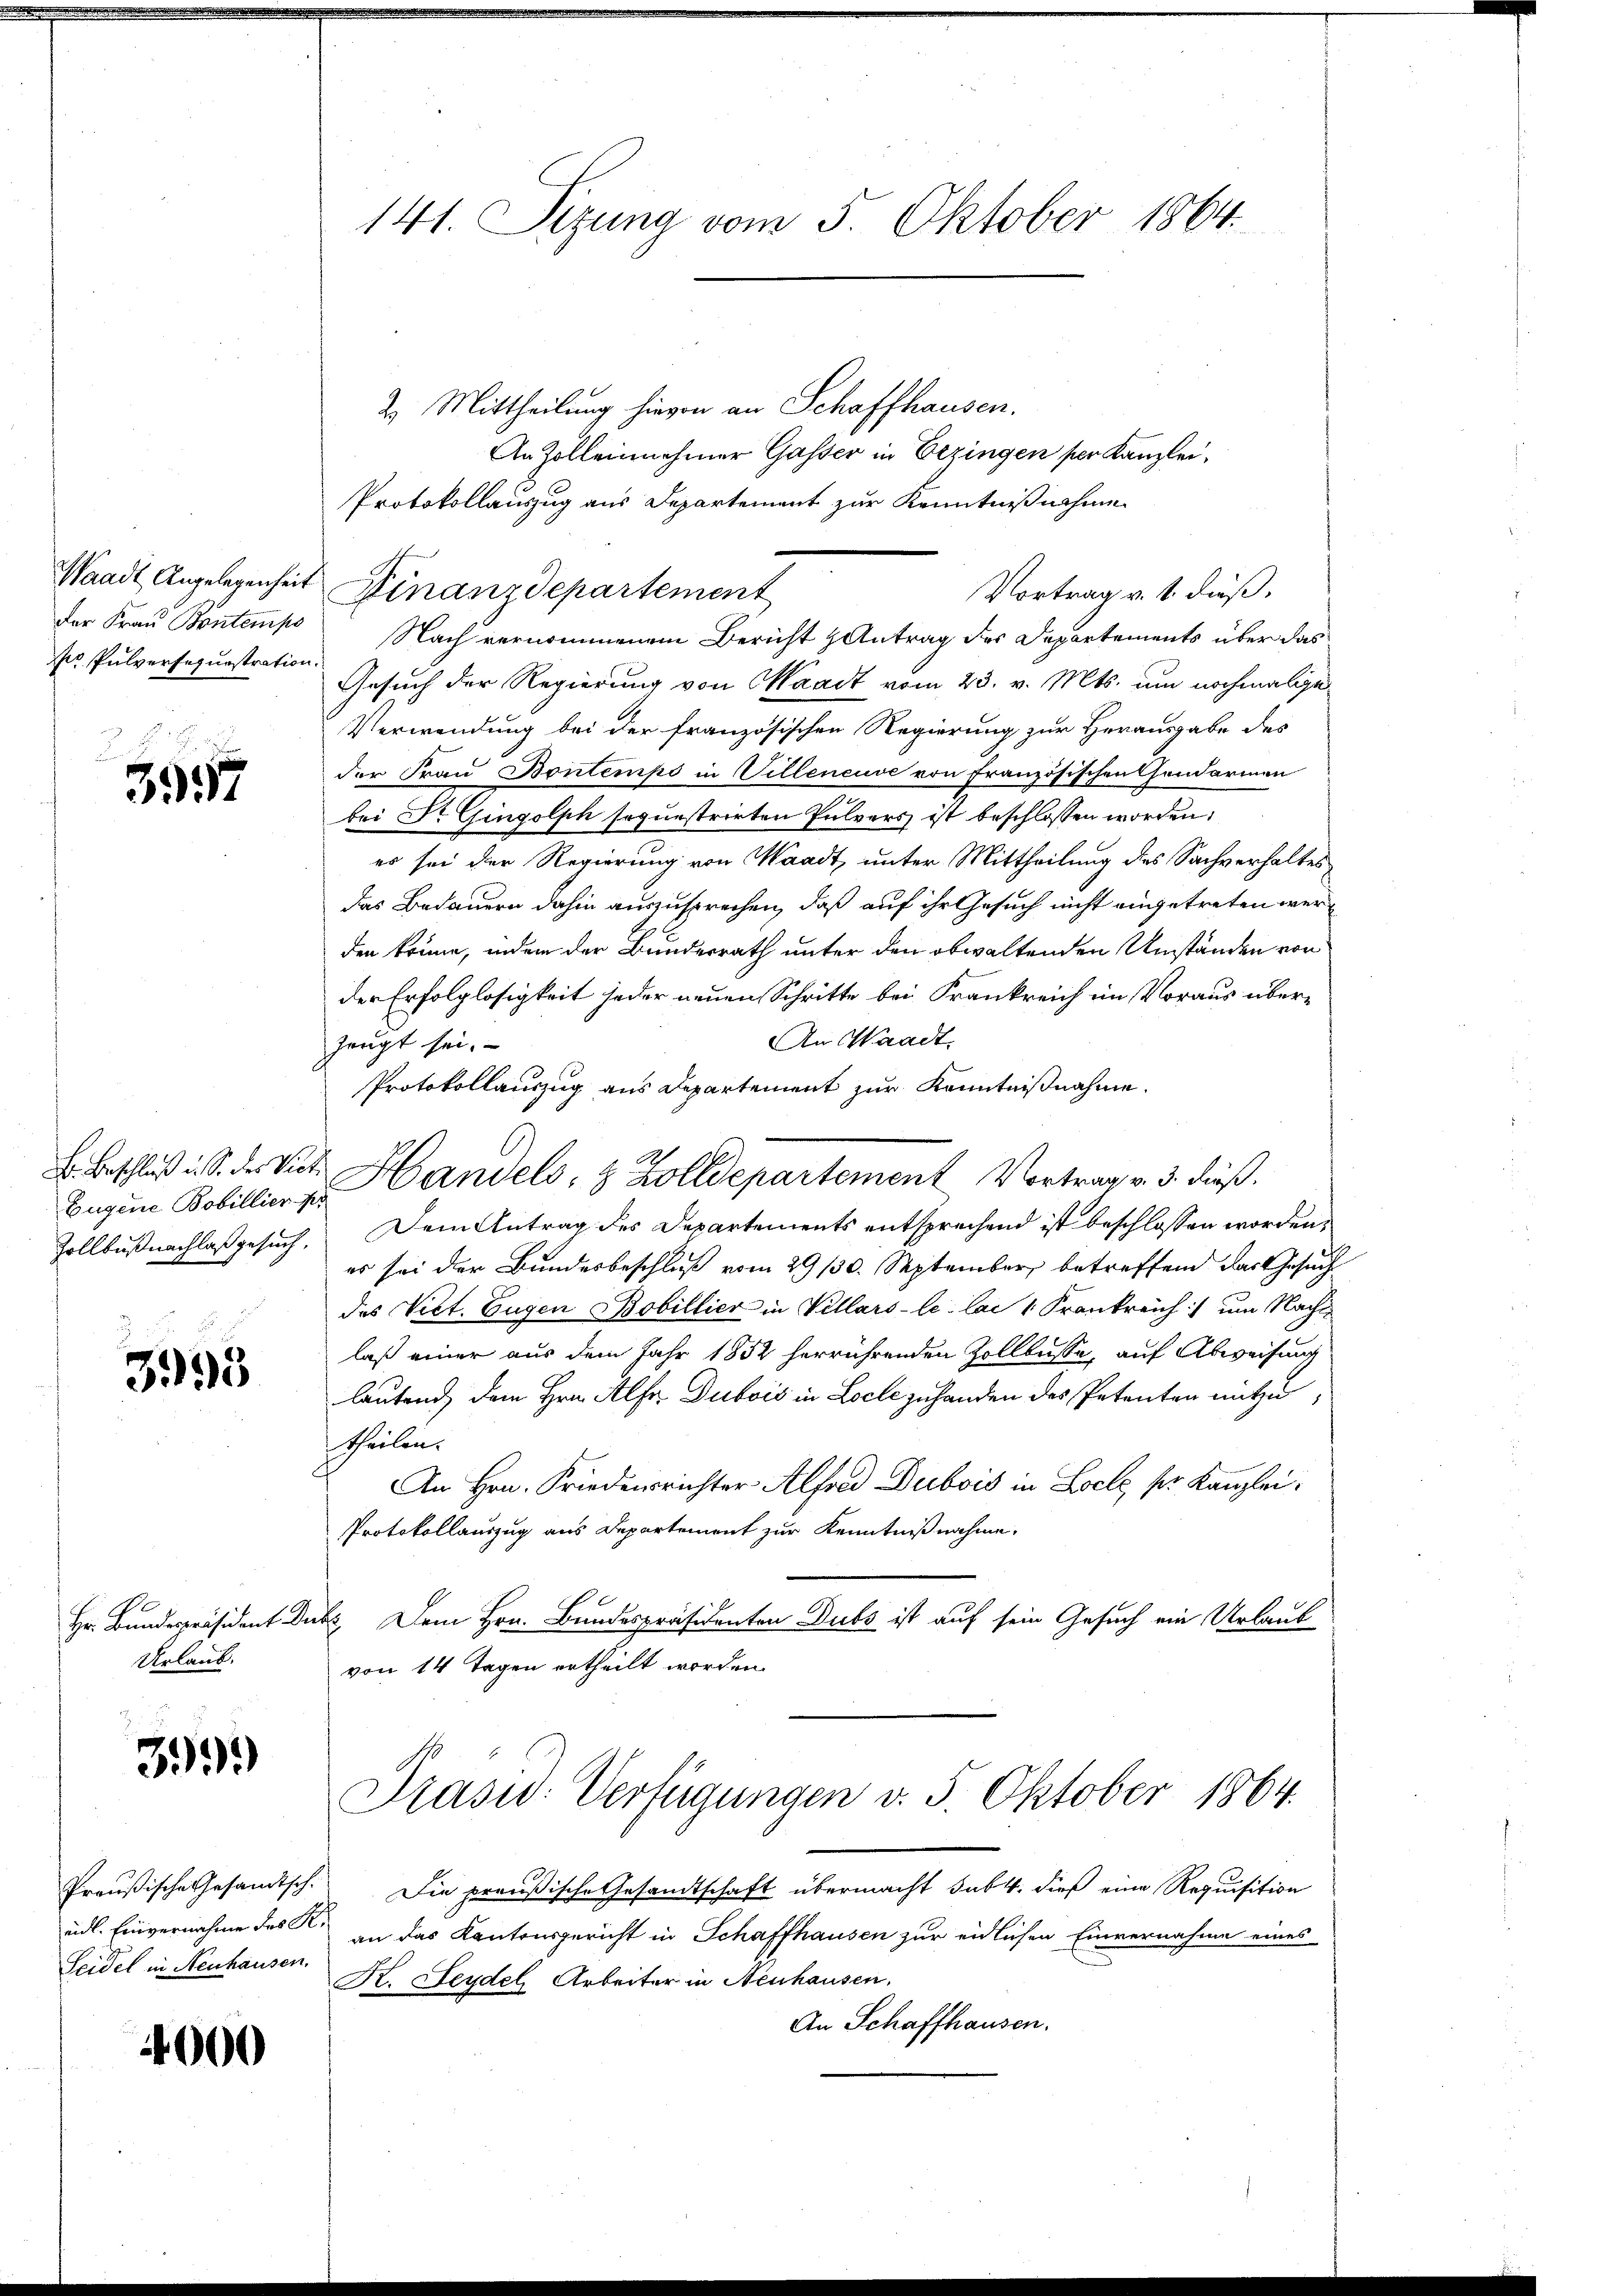
r Pulverfequrstration.

3957

Eugene Bobillier pr

393

Hr. Bundespräsident d
Urlaub.

39)

eidl. Einvernahme des K.
Seidel in Neuhausen.

4000

141. Sizung vom 5. Oktober 1864.

2. Mittheilung hievon an Schaffhausen.
An Zolleinehmer Gasser in Erzingen per Kanzlei,
Protokollauszug aus Departement zur Kenntnißnahme
Waadt Angelegenheit Finanzdepartement
Vortrag v. 1. dieß,
der Frau Bontempo Nach vernommenen Bericht & Antrag des Departements über das
Gesuch der Regierung von Waadt vom 23. v. Mts. um nochmalige
Verwendung bei der französischen Regierung zur Herausgabe des
der Frau Bontempo in Villeneuve von Französischen Handarmen
bei Dr. Gingolph soquestrirten Pulvers ist beschlossen worden,
es sei der Regierung von Waadt, unter Mittheilung des Sachverhaltes
das Bedauern dahin auszusprechen, daß auf ihr Gesuch nicht eingetreten werden könne, indem der Bundesrath unter den obwaltenden Umständen von
der Erfolglosigkeit jeder neuen Schritte bei Frankreich im Voraus über¬
An Waadt.
zeugt sei.
Protokollauszug aus Departement zur Kenntnißnahme.
E. Beschluß i S. der Vict. Handels- & Zolldepartement Vortrag v. 3. dieß.
Zollbüßnachlaßgesuch. Dem Antrag des Departements entsprechend ist beschlossen worden,
es sei der Bundesbeschluß vom 29. 130. September, betreffend das Gesuch
des Viet. Eugen Bobillier in Vellars-le. Mai 1 Frankreich um Nach
laß einer aus dem Jahr 1832 herrührenden Zolllüsse, auf Abweisung
lautend dem Hrn. Alfer Dubois in Loche zuhanden des Petenten mitzutheilen.
An Hrn. Friedensrichter Alfred Dubois in Locke, pr. Kanzlei.
Protokollauszug aus Departement zur Kenntnißnahme.
Suks. Dem Hrn. Bundespräsidenten Dubs ist auf sein Gesuch ein Urlaub
von 14 Tagen ertheilt worden.
Präsid. Verfügungen v. 5. Oktober 1864.
Preußische Gesandtsch. Die preußische Gesandtschaft übermacht sub 4. dieß eine Requisition
an das Kantonsgericht in Schaffhausen zur eidlichen Einvernahme eines
K. Leydel Arbeiter in Neuhausen.
An Schaffhausen.